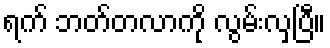
ရက် ဘတ်တလာကို လွမ်းလှပြီ။